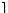
1